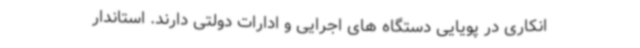
انکاری در پویایی دستگاه های اجرایی و ادارات دولتی دارند. استاندار